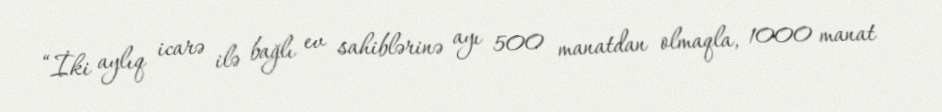
“İki aylıq icarə ilə bağlı ev sahiblərinə ayı 500 manatdan olmaqla, 1000 manat